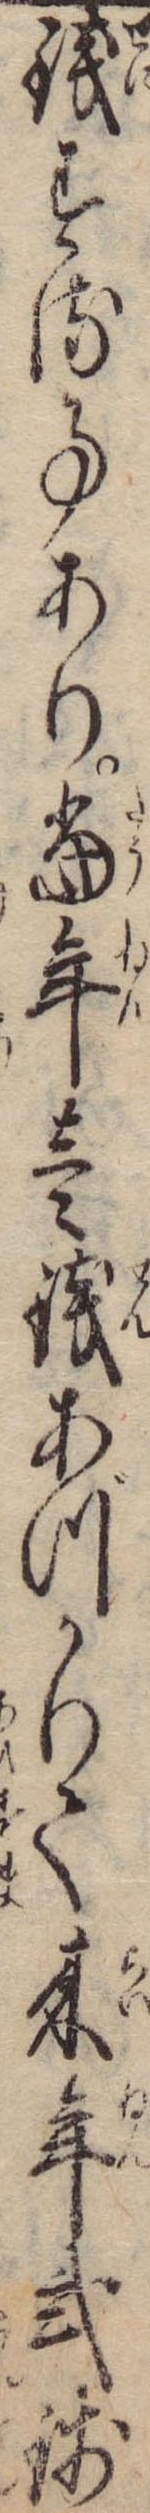
銭する事あり当年壱銭あづかりて来年弐銭